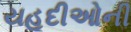
યહૂદીઓની